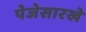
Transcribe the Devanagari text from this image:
पेजेसारखे